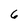
Character: 6